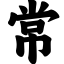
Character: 常